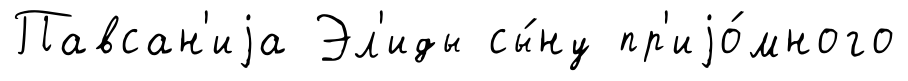
Павсан'иjа Эл'иды сы́ну пр'иjо́много